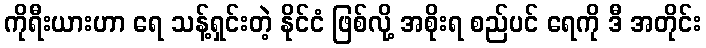
ကိုရီးယားဟာ ရေ သန့်ရှင်းတဲ့ နိုင်ငံ ဖြစ်လို့ အစိုးရ စည်ပင် ရေကို ဒီ အတိုင်း